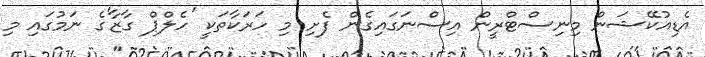
އެޑިއުކޭޝަން މިނިސްޓްރީން އިސްނަގައިގެން ފެށި މި ހަރަކާތަކީ 'ހެލްޕް ގާޒާ'ގެ ނަމުގައި މި